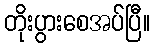
တိုးပွားစေအပ်ပြီ။